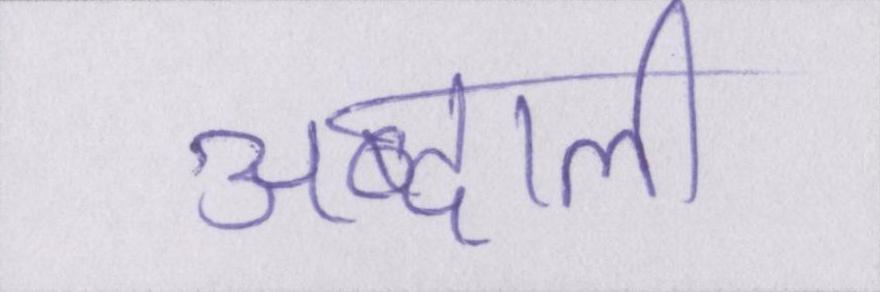
अब्दाली